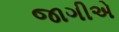
જાગીએ